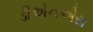
ડીએનએસ